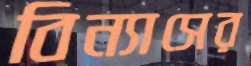
বিন্যাসের